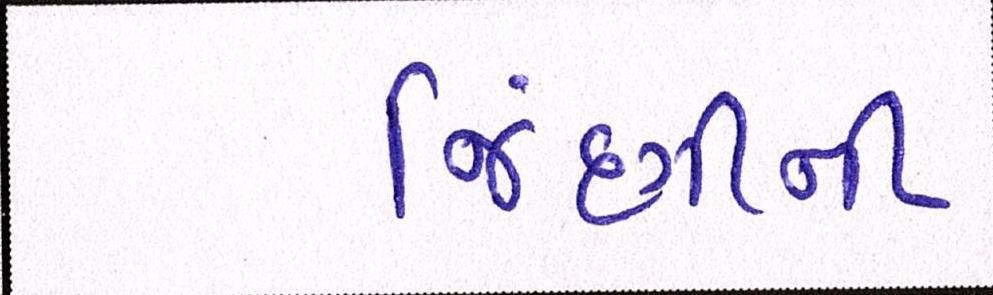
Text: જિંદગીની